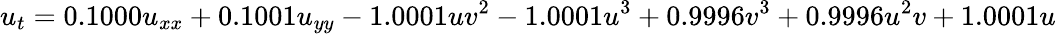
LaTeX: u_{t}=0.1000u_{xx}+0.1001u_{yy}-1.0001uv^{2}-1.0001u^{3}+0.9996v^{3}+0.9996u^{2}v+1.0001u